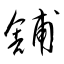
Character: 舗